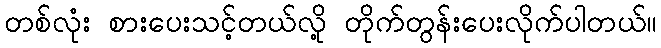
တစ်လုံး စားပေးသင့်တယ်လို့ တိုက်တွန်းပေးလိုက်ပါတယ်။